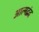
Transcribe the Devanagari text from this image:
आत्मद्वंद्व